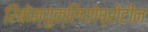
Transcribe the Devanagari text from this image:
रिबोन्युक्लियोप्रोटीन